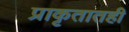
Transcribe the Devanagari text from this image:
प्राकृतातही